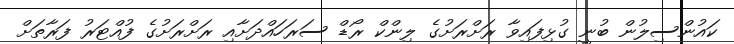
ކައުންސިލުން ބުނީ ގުޅިފައިވާ ރަށްރަށުގެ ލިންކް ރޯޑް ސަރަހައްދަށާއި ރަށްރަށުގެ ފުއްޓަރު ފަރާތަށް